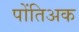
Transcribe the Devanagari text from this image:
पोंतिअक